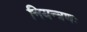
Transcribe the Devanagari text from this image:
नियन्त्रणः